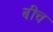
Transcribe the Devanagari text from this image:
बीच